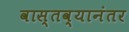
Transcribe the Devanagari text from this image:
वास्तव्यानंतर